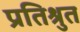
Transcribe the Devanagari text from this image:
प्रतिश्रुत